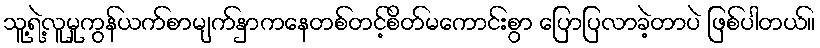
သူ့ရဲ့လူမှုကွန်ယက်စာမျက်နှာကနေတစ်တင့်စိတ်မကောင်းစွာ ပြောပြလာခဲ့တာပဲ ဖြစ်ပါတယ်။